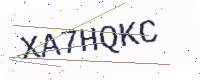
Text: XA7HQKC